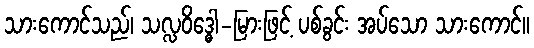
သားကောင်သည်၊ သလ္လဝိဒ္ဓေါ-မြားဖြင့် ပစ်ခွင်း အပ်သော သားကောင်။